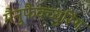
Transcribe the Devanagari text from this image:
मैनुफैक्च्युरिंग